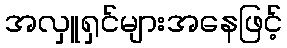
အလှူရှင်များအနေဖြင့်